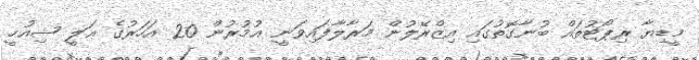
މީޑިޔާ ރިޕޯޓުތައް ބުނާގޮތުގައި އިޒްރޭލުން މަރާލާފައިވަނީ އުމުރުން 20 އަހަރުގެ ޢަލީ ޝިއުޚީ